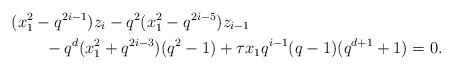
LaTeX: \begin{align*} & (x_1^2 - q^{2i-1}) z_i - q^2 (x_1^2 - q^{2i-5}) z_{i-1} \\ & \qquad - q^d (x_1^2 + q^{2i-3}) (q^2-1) + \tau x_1 q^{i-1} (q-1)(q^{d+1}+1) =0. \end{align*}